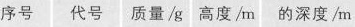
序号 代号 质量/g 高度/m 的深度/m